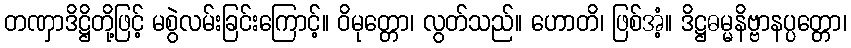
တဏှာဒိဋ္ဌိတို့ဖြင့် မစွဲလမ်းခြင်းကြောင့်။ ဝိမုတ္တော၊ လွတ်သည်။ ဟောတိ၊ ဖြစ်အံ့။ ဒိဋ္ဌဓမ္မနိဗ္ဗာနပ္ပတ္တော၊